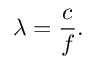
\lambda = { \frac { c } { f } } .